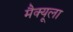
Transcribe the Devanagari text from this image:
मैक्‍यूला